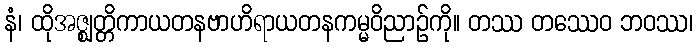
နံ၊ ထိုအဇ္ဈတ္တိကာယတနဗာဟိရာယတနကမ္မဝိညာဉ်ကို။ တဿ တဿေဝ ဘဝဿ၊